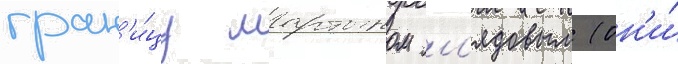
гран'и́цу мартыном л'ядовым (он'и́